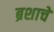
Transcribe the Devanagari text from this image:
ब्रशाचे